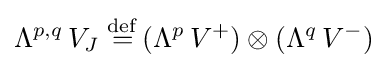
\Lambda ^{p,q}\,V_{J}\;{\stackrel {\mathrm {def} }{=}}\,(\Lambda ^{p}\,V^{+})\otimes (\Lambda ^{q}\,V^{-})